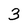
Character: 3